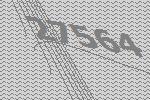
27564